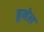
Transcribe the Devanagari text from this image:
ब्रुनेल